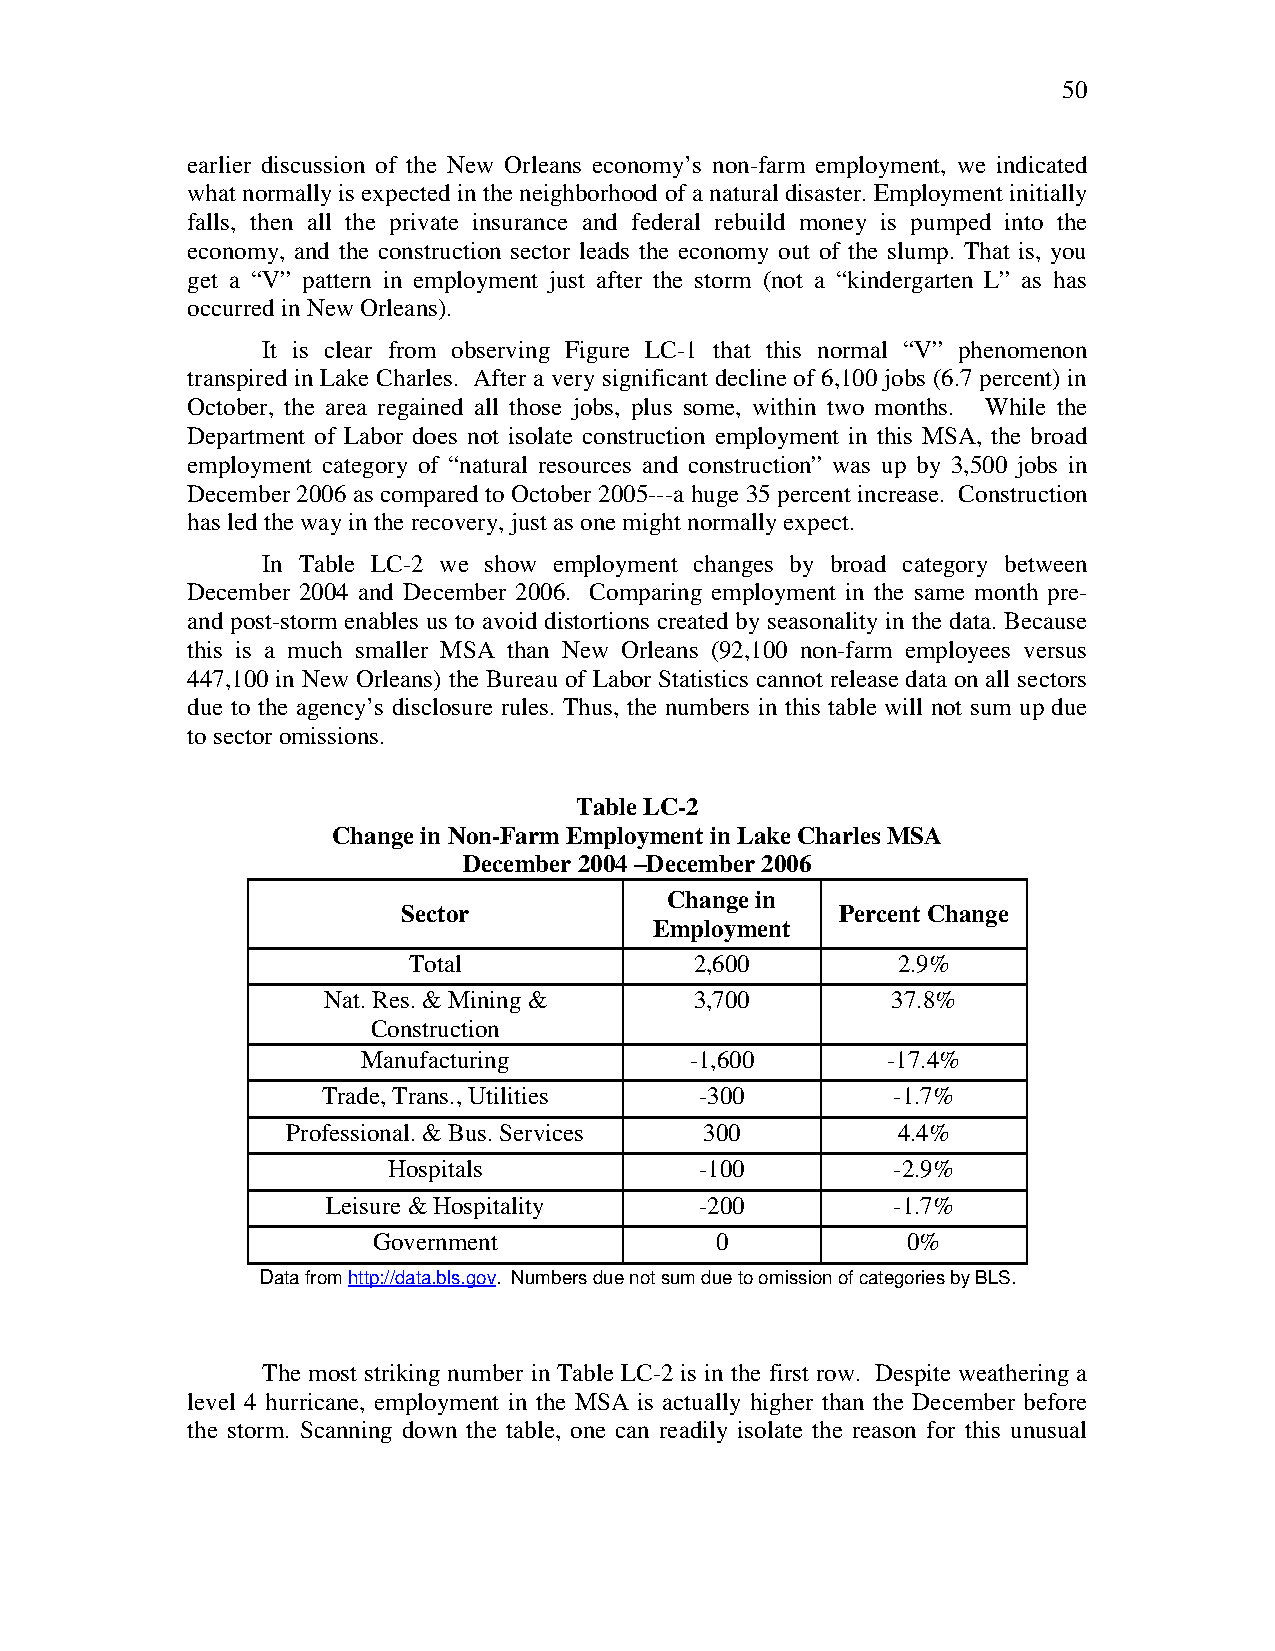
50
 earlier discussion of the New Orleans economy’s non-farm employment, we indicated
 what normally is expected in the neighborhood of a natural disaster. Employment initially
 falls, then all the private insurance and federal rebuild money is pumped into the
 economy, and the construction sector leads the economy out of the slump. That is, you
 get a “V” pattern in employment just after the storm (not a “kindergarten L” as has
 occurred in New Orleans).
 It is clear from observing Figure LC-1 that this normal “V” phenomenon
 transpired in Lake Charles. After a very significant decline of 6,100 jobs (6.7 percent) in
 October, the area regained all those jobs, plus some, within two months. While the
 Department of Labor does not isolate construction employment in this MSA, the broad
 employment category of “natural resources and construction” was up by 3,500 jobs in
 December 2006 as compared to October 2005---a huge 35 percent increase. Construction
 has led the way in the recovery, just as one might normally expect.
 In Table LC-2 we show employment changes by broad category between
 December 2004 and December 2006. Comparing employment in the same month pre-
 and post-storm enables us to avoid distortions created by seasonality in the data. Because
 this is a much smaller MSA than New Orleans (92,100 non-farm employees versus
 447,100 in New Orleans) the Bureau of Labor Statistics cannot release data on all sectors
 due to the agency’s disclosure rules. Thus, the numbers in this table will not sum up due
 to sector omissions.
 Table LC-2
 Change in Non-Farm Employment in Lake Charles MSA
 December 2004 –December 2006
 Change in
 Sector                       Percent Change
 Employment
 Total              2,600        2.9%
 Nat. Res. & Mining &     3,700        37.8%
 Construction
 Manufacturing         -1,600       -17.4%
 Trade, Trans., Utilities -300         -1.7%
 Professional. & Bus. Services 300       4.4%
 Hospitals           -100         -2.9%
 Leisure & Hospitality   -200         -1.7%
 Government            0            0%
 Data from http://data.bls.gov. Numbers due not sum due to omission of categories by BLS.
 The most striking number in Table LC-2 is in the first row. Despite weathering a
 level 4 hurricane, employment in the MSA is actually higher than the December before
 the storm. Scanning down the table, one can readily isolate the reason for this unusual